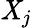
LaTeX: \mathit{X}_{j}